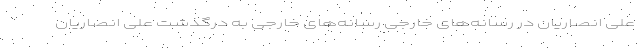
علی انصاریان در رسانه‌های خارجی رسانه‌های خارجی به درگذشت علی انصاریان